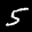
Label: 5